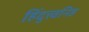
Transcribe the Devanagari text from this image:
हिंदुत्त्वनिष्ठ